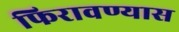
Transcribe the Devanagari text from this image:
फिरावण्यास